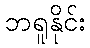
ဘရူနိုင်း